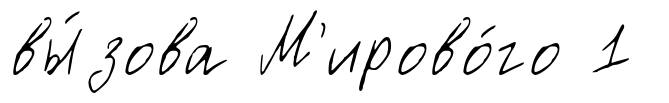
вы́зова М'ирово́го 1